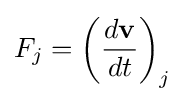
F_{j}=\left({\frac {d\mathbf {v} }{dt}}\right)_{j}